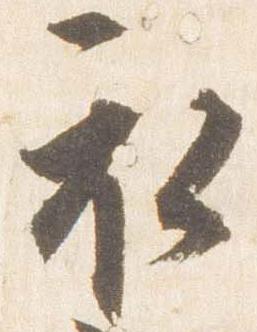
衣